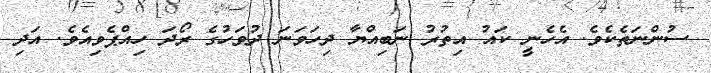
ސުންނަތެކެވެ. އެހެނީ ކައު އިތުރު ނަބިއްޔާ ދިހަވަނަ ދުވަހުގެ ރޯދަ ހިއްޕެވިއެވެ. އަދި